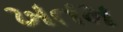
ખતમ